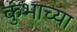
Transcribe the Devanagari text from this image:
कुंभाच्या